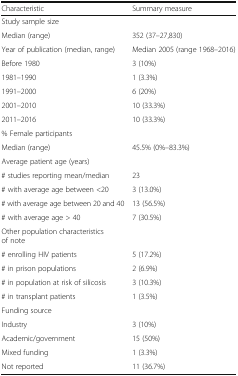
<table><thead><tr><td><b>Characteristic</b></td><td><b>Summary measure</b></td></tr></thead><tbody><tr><td colspan="2">Study sample size</td></tr><tr><td>Median (range)</td><td>352 (37–27,830)</td></tr><tr><td>Year of publication (median, range)</td><td>Median 2005 (range 1968–2016)</td></tr><tr><td>Before 1980</td><td>3 (10%)</td></tr><tr><td>1981–1990</td><td>1 (3.3%)</td></tr><tr><td>1991–2000</td><td>6 (20%)</td></tr><tr><td>2001–2010</td><td>10 (33.3%)</td></tr><tr><td>2011–2016</td><td>10 (33.3%)</td></tr><tr><td>% Female participants</td><td></td></tr><tr><td>Median (range)</td><td>45.5% (0%–83.3%)</td></tr><tr><td>Average patient age (years)</td><td></td></tr><tr><td># studies reporting mean/median</td><td>23</td></tr><tr><td># with average age between &lt;20</td><td>3 (13.0%)</td></tr><tr><td># with average age between 20 and 40</td><td>13 (56.5%)</td></tr><tr><td># with average age &gt; 40</td><td>7 (30.5%)</td></tr><tr><td>Other population characteristics of note</td><td></td></tr><tr><td># enrolling HIV patients</td><td>5 (17.2%)</td></tr><tr><td># in prison populations</td><td>2 (6.9%)</td></tr><tr><td># in population at risk of silicosis</td><td>3 (10.3%)</td></tr><tr><td># in transplant patients</td><td>1 (3.5%)</td></tr><tr><td>Funding source</td><td></td></tr><tr><td>Industry</td><td>3 (10%)</td></tr><tr><td>Academic/government</td><td>15 (50%)</td></tr><tr><td>Mixed funding</td><td>1 (3.3%)</td></tr><tr><td>Not reported</td><td>11 (36.7%)</td></tr></tbody></table>